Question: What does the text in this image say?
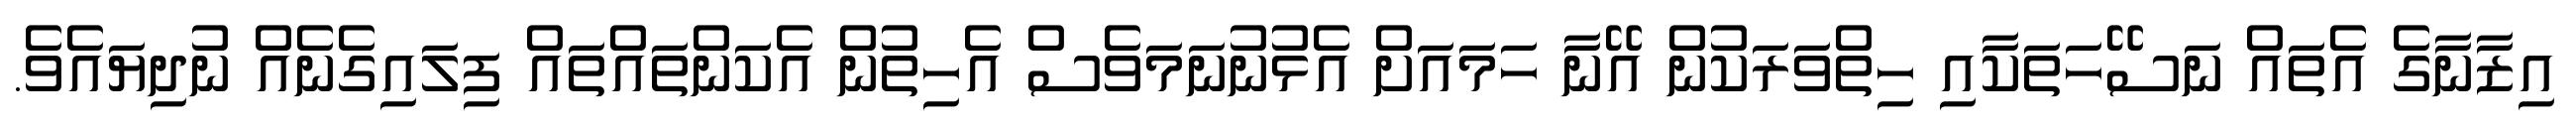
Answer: އިޒާނާގެ އެތައް ނަސޭހަތަކާއި ހިތްވަރަކުން އޭނާ ހަމައަށް އެޅުނުނަމަވެސް އެހިތުން އެކަންތައްތައް ފިލައިގެނެއް ނުދިޔައެވެ.